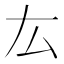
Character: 厷